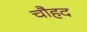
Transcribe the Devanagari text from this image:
चौहद